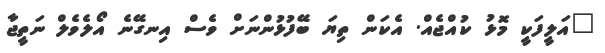
"އަލީފަކީ މޮޅު ކުއްޖެއް. އެކަން ތިޔަ ބޭފުޅުންނަށް ވެސް އިނގޭނެ އޯލެވެލް ނަތީޖާ